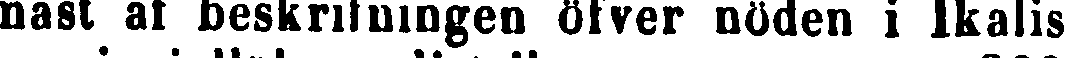
mast af beskrifningen öfver nöden i Ikalis